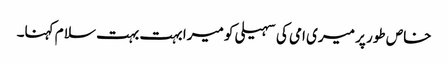
خاص طور پر میری امی کی سہیلی کو میرا بہت بہت سلا م کہنا۔